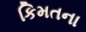
કિમતના